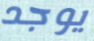
يوجد